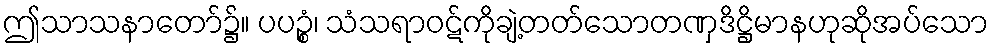
ဤသာသနာတော်၌။ ပပဉ္စံ၊ သံသရာဝဋ်ကိုချဲ့တတ်သောတဏှဒိဋ္ဌိမာနဟုဆိုအပ်သော